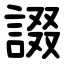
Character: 諁